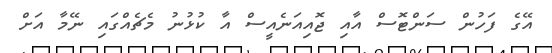
އޭގެ ފަހުން ސަންޓޮސް އާއި ޖޮއިއަނެއީސް އާ ކުޅުނު މެޗެއްގައި ނޭމާ އަށް